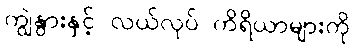
ကျွဲနွားနှင့် လယ်လုပ် ကိရိယာများကို